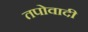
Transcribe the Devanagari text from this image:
तपोवादी